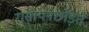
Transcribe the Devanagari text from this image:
रासायनछोड़ते